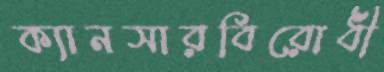
ক্যানসারবিরোধী